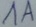
Text: 1A